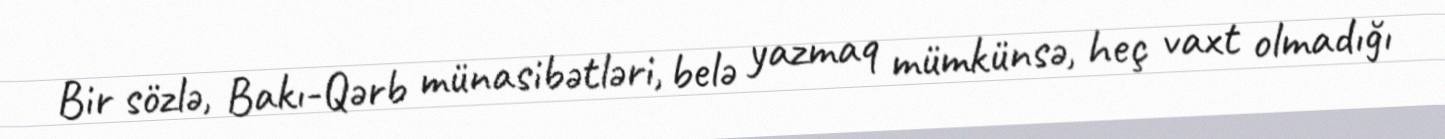
Bir sözlə, Bakı-Qərb münasibətləri, belə yazmaq mümkünsə, heç vaxt olmadığı